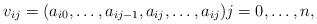
LaTeX: \begin{align*}v_{ij} = (a_{i0}, \ldots, a_{ij-1}, a_{ij}, \ldots, a_{ij} ) j = 0, \ldots, n ,\end{align*}